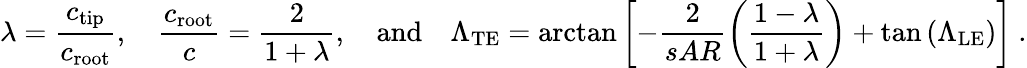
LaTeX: \lambda=\frac{c_{\mathrm{tip}}}{c_{\mathrm{root}}},\quad\frac{c_{\mathrm{root}}}{c}=\frac{2}{1+\lambda},\quad\mathrm{and}\quad\Lambda_{\mathrm{TE}}=\arctan\left[-\frac{2}{sAR}\left(\frac{1-\lambda}{1+\lambda}\right)+\tan{(\Lambda_{\mathrm{LE}})}\right]\mathrm{~.}